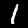
Digit: 1